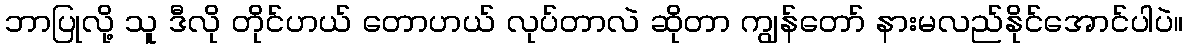
ဘာပြုလို့ သူ ဒီလို တိုင်ဟယ် တောဟယ် လုပ်တာလဲ ဆိုတာ ကျွန်တော် နားမလည်နိုင်အောင်ပါပဲ။